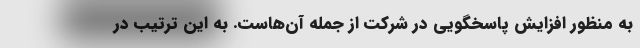
به منظور افزایش پاسخگویی در شرکت از جمله آن‌هاست. به این ترتیب در